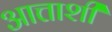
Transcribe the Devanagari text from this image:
आत्ताशी